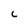
Character: c